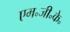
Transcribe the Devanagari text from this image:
एम॰जी॰के॰